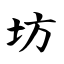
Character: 坊